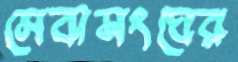
সেবাসংঘের